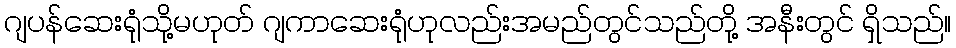
ဂျပန်ဆေးရုံသို့မဟုတ် ဂျကာဆေးရုံဟုလည်းအမည်တွင်သည်တို့ အနီးတွင် ရှိသည်။